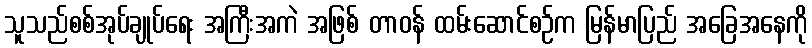
သူသည်စစ်အုပ်ချုပ်ရေး အကြီးအကဲ အဖြစ် တာဝန် ထမ်းဆောင်စဉ်က မြန်မာပြည် အခြေအနေကို